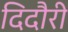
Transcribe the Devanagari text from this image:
दिदौरी